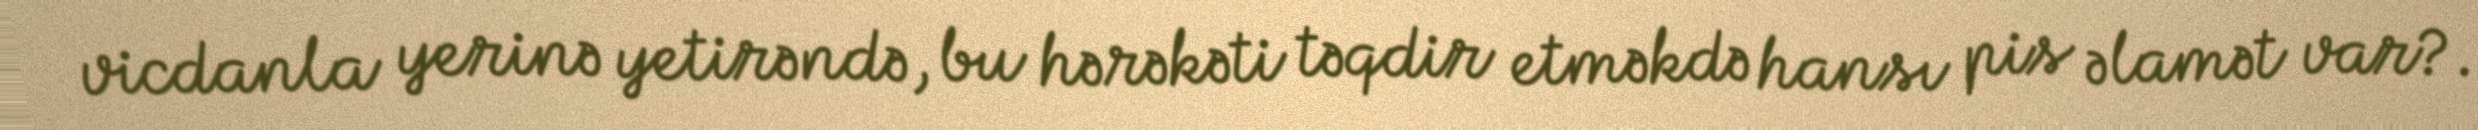
vicdanla yerinə yetirəndə, bu hərəkəti təqdir etməkdə hansı pis əlamət var?.